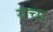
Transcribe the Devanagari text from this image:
यचा